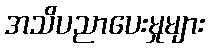
အသိပညာပေးမှုများ